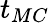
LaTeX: t_{MC}